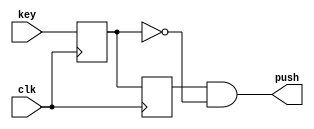
module pushing (
	input key,
	input clk,
	output push
);

reg but_r;
reg but_rr;

always @(posedge clk)
begin
	but_r <= key;
	but_rr <= but_r;
end
assign push = but_rr & ~but_r;

endmodule

module set_hex (
	input [3:0] count,
	output [6:0] hex
);

assign hex = (count == 4'h0) ? 7'b1000000 :
				  (count == 4'h1) ? 7'b1111001 :
				  (count == 4'h2) ? 7'b0100100 :
				  (count == 4'h3) ? 7'b0110000 :
				  (count == 4'h4) ? 7'b0011001 :
				  (count == 4'h5) ? 7'b0010010 :
				  (count == 4'h6) ? 7'b0000010 :
				  (count == 4'h7) ? 7'b1111000 :
				  (count == 4'h8) ? 7'b0000000 :
				  (count == 4'h9) ? 7'b0010000 :
				  (count == 4'hA) ? 7'b0001000 :
				  (count == 4'hB) ? 7'b0000011 :
				  (count == 4'hC) ? 7'b1000110 :
				  (count == 4'hD) ? 7'b0100001 :
				  (count == 4'hE) ? 7'b0000110 : 7'b0001110 ;
				  
endmodule

module Girka_6 (
	input KEY0,
	input KEY1,
	input clk,
	input [7:0] SW1,
	input [7:0] SW2,
	output [6:0] HEX2,
	output [6:0] HEX3,
	output [6:0] HEX4,
	output [6:0] HEX5,
	output [6:0] HEX6,
	output [6:0] HEX7,
	output LEDG8
);

wire reset_push, plus_push;
reg [7:0] count1;
reg [7:0] count2;
reg [8:0] sum;
reg [3:0] hexs [5:0];
reg overflow;

pushing pushing_plus (
	.key (KEY1),
	.clk (clk),
	.push (plus_push)
);

pushing pushing_reset (
	.key (KEY0),
	.clk (clk),
	.push (reset_push)
);
always @(posedge clk) 
begin
	count1 <= SW1;
	count2 <= SW2;
	if (plus_push) sum <= count1 + count2;
	if (reset_push) 
	begin
		sum <= 0;
		
	end
	hexs[0] <= count1[3:0];
	hexs[1] <= count1[7:4];
	hexs[2] <= count2[3:0];
	hexs[3] <= count2[7:4];
	hexs[4] <= sum[3:0];
	hexs[5] <= sum[7:4];
	
end

assign LEDG8 = sum[8];

set_hex set_hex1 (
	.count (hexs[0]),
	.hex (HEX2)
);

set_hex set_hex2 (
	.count (hexs[1]),
	.hex (HEX3)
);

set_hex set_hex3 (
	.count (hexs[2]),
	.hex (HEX4)
);

set_hex set_hex4 (
	.count (hexs[3]),
	.hex (HEX5)
);

set_hex set_hex5 (
	.count (hexs[4]),
	.hex (HEX6)
);

set_hex set_hex6 (
	.count (hexs[5]),
	.hex (HEX7)
);

endmodule